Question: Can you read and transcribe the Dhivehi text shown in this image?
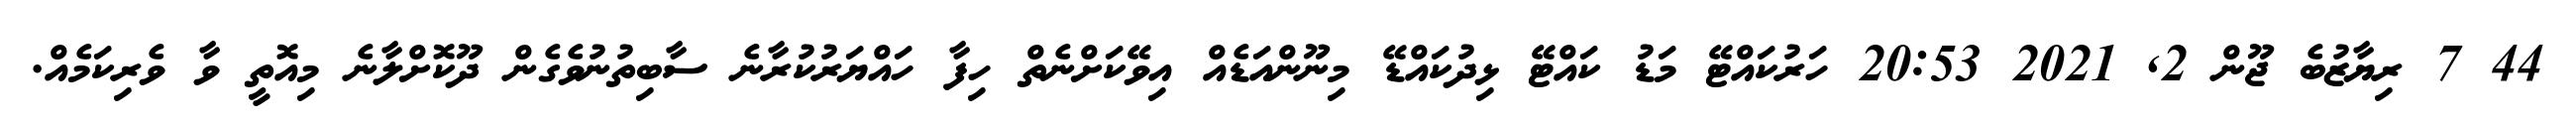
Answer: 44 7 ރިޔާޒުބެ ޖޫން 2, 2021 20:53 ހަރުކައްޓޭ މަޑު ކައްޓޭ ޅިދުކައްޑޭ މިނޫންއަޑެއް އިވޭކަށްނެތް ހިފާ ހައްޔަރުކުރާނެ ސާބިތުނުވެގެން ދޫކޮށްލާނެ މިއޮތީ ވާ ވެރިކަމެއް.